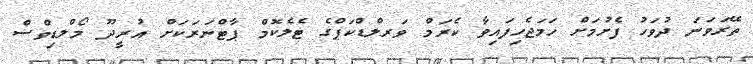
ތޭރަވަނަ ދުވަހު ފެށުމަށް ހަމަޖެހިފައިވާ ކެރަމް ވަރލްޑްކަޕްގެ ޓެލެކޮމް ޕާޓްނަރަކަށް އުރީދޫ މޯލްޑިވްސް